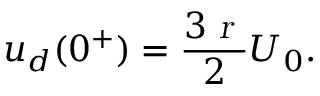
u _ { d } ( 0 ^ { + } ) = \frac { 3 \textsl { r } } { 2 } U _ { 0 } .